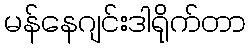
မန်နေဂျင်းဒါရိုက်တာ